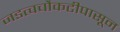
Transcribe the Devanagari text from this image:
जडत्वचौकटीपासून